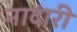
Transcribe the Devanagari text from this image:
नादारी